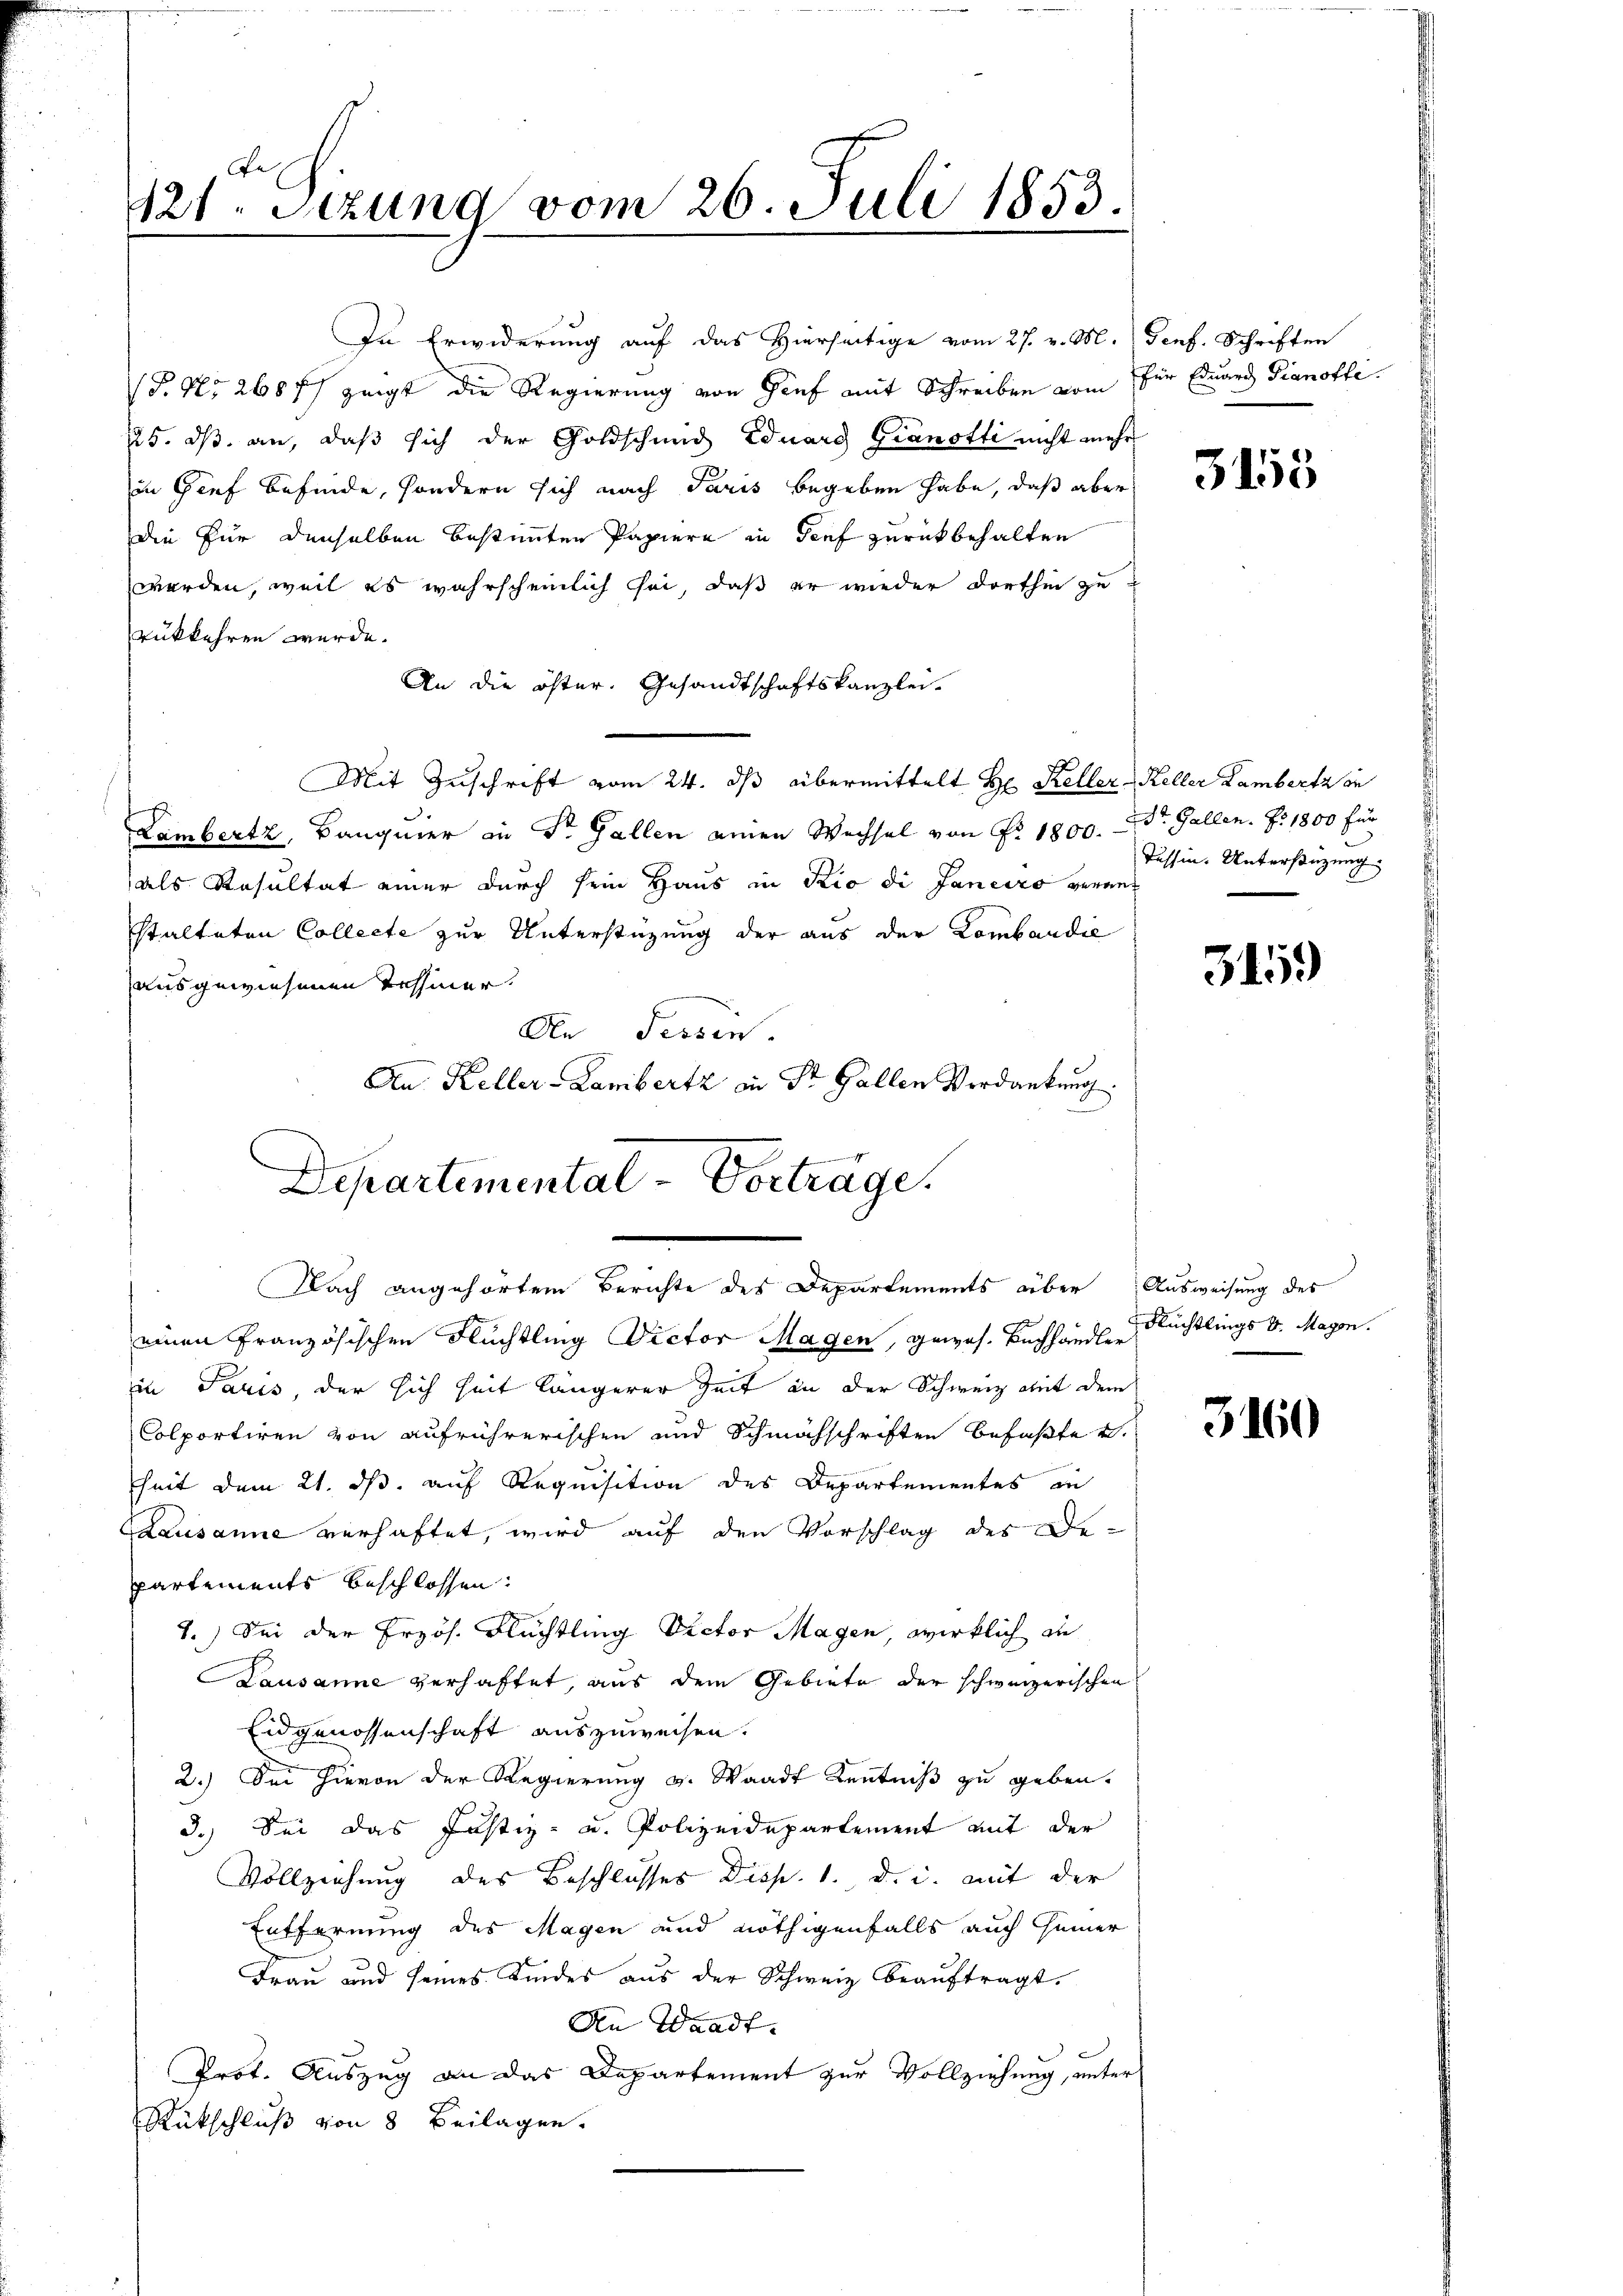
Fe
121. Sitzung vom 26. Juli 1853.

In Erwiderung auf das Hierseitige vom 27. v. M. Genf. Schriften
P. Nr. 268 f. zeigt die Regierung von Gief mit Schreiben vom für Eduard Pianoffi¬
225. ds. an, daß sich der Goldschmid Eduard Granotti nicht mehr
in Gief befinde, sondern sich nach Paris begeben habe, daß aber
Die Für denselben bestimmten Papiere in Genf zurückbehalten
werden, weil es wahrscheinlich sei, daß er wieder dorthin zu
rükkehren wurde.
An die öster. Gesandtschaftskanzlei.
Mit Zuschrift vom 24. dβ übermittelt Hr. Keller Keller Lambert in
Lambertz, Bangner in Dr. Gallen einen Wechsel von Nr. 1800. St. Gallen. Z. 1800 für
als Resultat einer durch sein Haus in Rio di Janeiro veranstalteten Collecte zur Unterstüzung der aus der Lombandie
ausgewiesenen Tehmer.
An Tessin.
An Keller-Lambertz in Dr. Gallen Verdankung.

Departemental-Vorträge.
Nach angehörtem Berichte des Departements aber Ausweisung des

einen Französischen Flüchtling Dictor Magen, gewos- Buchhändle Rechtlings d. Magen.
in Paris, der sich seit längerer Zeit an der Schweiz mit dem
Colportiren von aufrührerischen und Schmähschriften befaßte v.
heit dem 21. ds. auf Requisition des Departementes in
Causanne verhaftet, wird auf den Vorschlag des Departements beschlossen:
1.) Sei der Frzös. Flüchtling Rector Magen, wirklich au
Lausanne verhaftet, aus dem Gebiete der schweizerischen
Eidgenossenschaft auszuweisen.
2.) Sei hievon der Regierung v. Waadt Kenntniß zu geben.
3.) Sei das Justiz- u. Polizeidepartement mit der
Vollzeichung des Beschlusses Disp. 1. d. i. mit der
Entfernung des Magen und nöthigenfalls auch einer
Frau und seines Kindes aus der Schweiz beauftragt.
An Waadt.
 8
Prof. Auszug an das Departement zur Vollziehung, unter
Rükschluß von 8 Beilagen.

31115

Tessin. Unterstüzung

3459)

3160